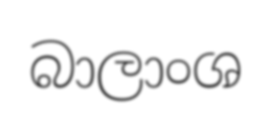
බාලාංශ